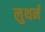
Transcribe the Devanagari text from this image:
लुथर्न